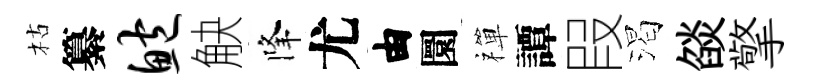
枯纂鲍觖降尤由圜禪譚叚渴燄擎